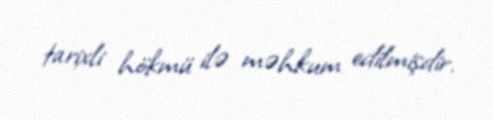
tarixli hökmü ilə məhkum edilmişdir.